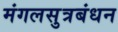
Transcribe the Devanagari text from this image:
मंगलसुत्रबंधन